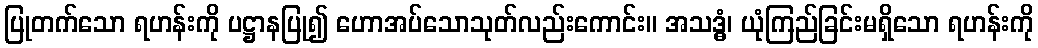
ပြုတက်သော ရဟန်းကို ပဋ္ဌာနပြု၍ ဟောအပ်သောသုတ်လည်းကောင်း။ အသဒ္ဓံ၊ ယုံကြည်ခြင်းမရှိသော ရဟန်းကို